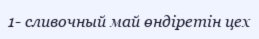
1- сливочный май өндіретін цех